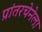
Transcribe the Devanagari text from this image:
प्रांतरचेनेला